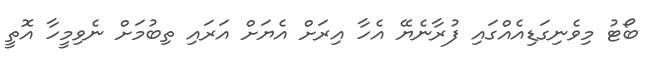
ބޯޓު މިވެނިގަޑިއެއްގައި ފުރާނެޔޭ އެހާ އިރަށް އެޔަށް އަރައި ތިބުމަށް ނެވިމީހާ އޮތީ